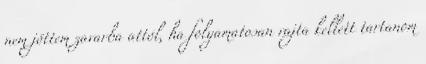
nem jöttem zavarba attól, ha folyamatosan rajta kellett tartanom